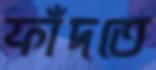
ফাঁদতে